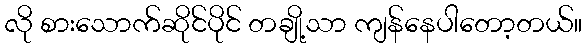
လို စားသောက်ဆိုင်ပိုင် တချို့သာ ကျန်နေပါတော့တယ်။